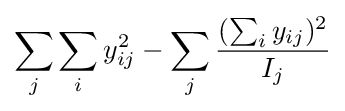
\sum _{j}\sum _{i}y_{ij}^{2}-\sum _{j}{\frac {(\sum _{i}y_{ij})^{2}}{I_{j}}}